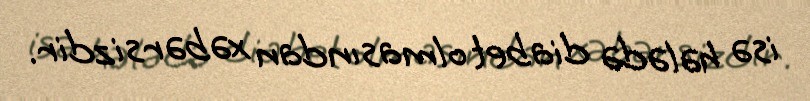
isə hələdə diabet olmasından xəbərsizdir.